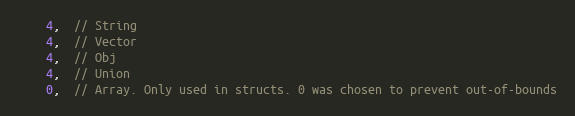
Language: C
    4,  // String
    4,  // Vector
    4,  // Obj
    4,  // Union
    0,  // Array. Only used in structs. 0 was chosen to prevent out-of-bounds